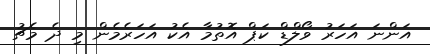
އަންނަ އަހަރު ވޯލްޑް ކަޕް އޮތުމާ އެކު އަހަރެމެން މި ދެ މެޗު